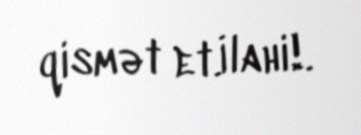
qismət et.İlahi!.